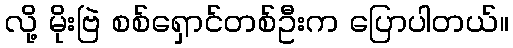
လို့ မိုးဗြဲ စစ်ရှောင်တစ်ဦးက ပြောပါတယ်။